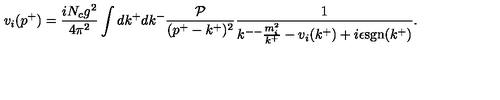
v _ { i } ( p ^ { + } ) = \frac { i N _ { c } g ^ { 2 } } { 4 \pi ^ { 2 } } \int d k ^ { + } d k ^ { - } \frac { \cal P } { ( p ^ { + } - k ^ { + } ) ^ { 2 } } \frac { 1 } { k ^ { -- } \frac { m _ { i } ^ { 2 } } { k ^ { + } } - v _ { i } ( k ^ { + } ) + i \epsilon \mathrm { s g n } ( k ^ { + } ) } .